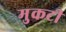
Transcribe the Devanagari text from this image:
मुकटी